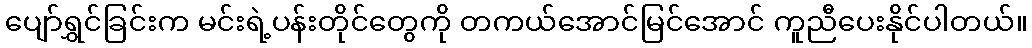
ပျော်ရွှင်ခြင်းက မင်းရဲ့ပန်းတိုင်တွေကို တကယ်အောင်မြင်အောင် ကူညီပေးနိုင်ပါတယ်။